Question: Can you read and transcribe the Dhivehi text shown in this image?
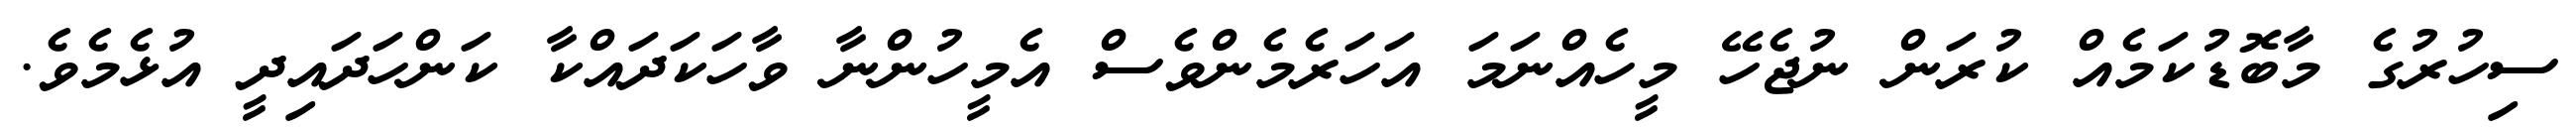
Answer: ސިހުރުގެ މާބޮޑުކަމެއް ކުރަން ނުޖެހޭ މީހެއްނަމަ އަހަރެމެންވެސް އެމީހުންނާ ވާހަކަދައްކާ ކަންހަދައިދީ އުޅެމެވެ.